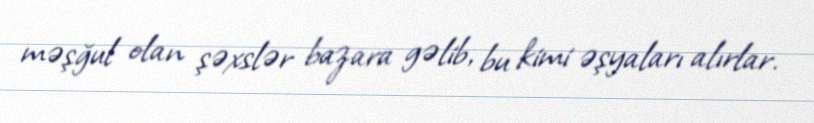
məşğul olan şəxslər bazara gəlib, bu kimi əşyaları alırlar.